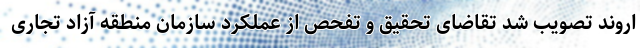
اروند تصویب شد تقاضای تحقیق و تفحص از عملکرد سازمان منطقه آزاد تجاری